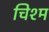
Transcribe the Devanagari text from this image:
चिश्म